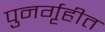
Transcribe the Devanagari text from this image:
पुनर्गृहीत